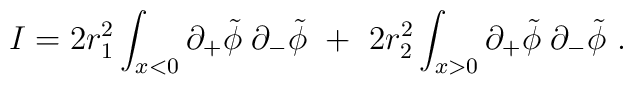
{ I}   = 2 r_1^{2} \int_{x < 0}  \partial_+\tilde\phi\; \partial_-\tilde\phi\  +\ 2 r_2^{2} \int_{x>0}  \partial_+\tilde\phi\; \partial_-\tilde\phi\ .